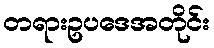
တရားဥပဒေအတိုင်း